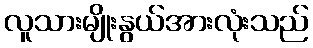
လူသားမျိုးနွယ်အားလုံးသည်